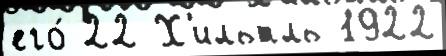
его́ 22 Х'ильтль 1922